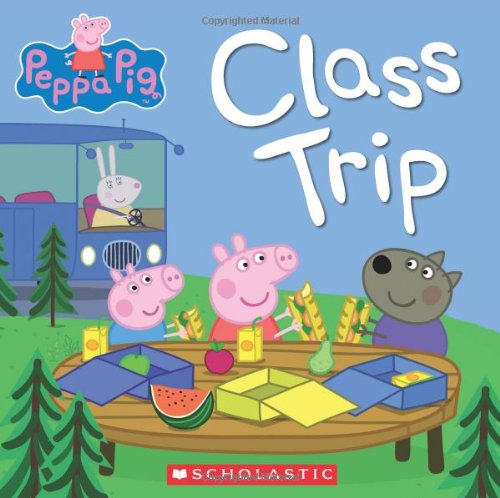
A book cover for Peppa Pig: Class Trip; Scholastic; Children's Books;